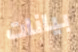
بيانات